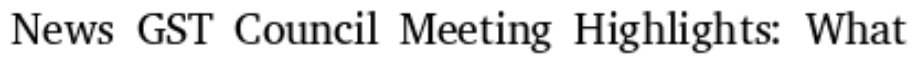
News GST Council Meeting Highlights: What